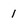
Character: 1